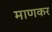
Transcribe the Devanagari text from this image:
माणकर